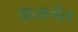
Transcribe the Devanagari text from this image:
वातार्गेल